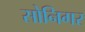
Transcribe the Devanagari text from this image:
सोनिगर